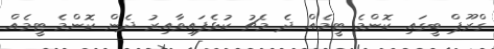
ގްރޫޕް ބީގައި ކޮންމެ ޓީމެއް ދެ މެޗު ކުޅެފައިވާއިރު ދެން ކޮންމެ ޓީމެއް